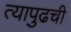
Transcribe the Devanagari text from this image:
त्यापुढची